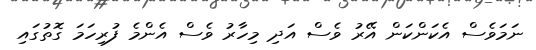
ނަމަވެސް އެކަންކަން އޭރު ވެސް އަދި މިހާރު ވެސް އެންމެ ފުރިހަމަ ގޮތުގައި